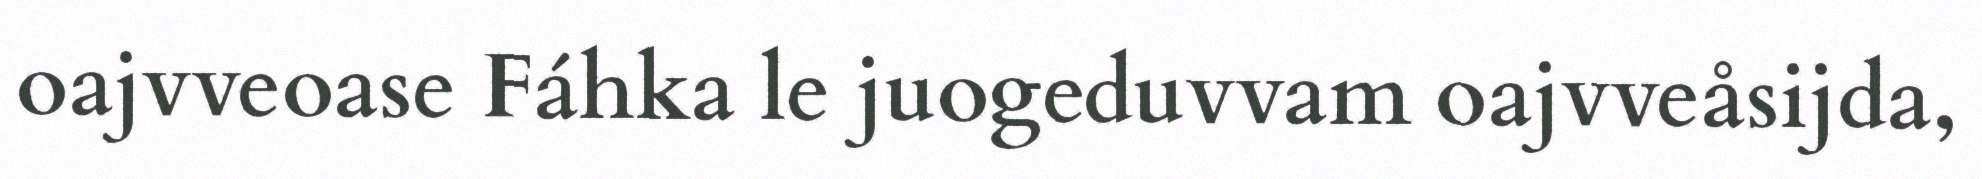
oajvveoase Fáhka le juogeduvvam oajvveåsijda,